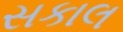
સકાલ